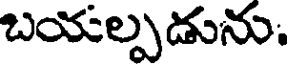
బయల్పడును.